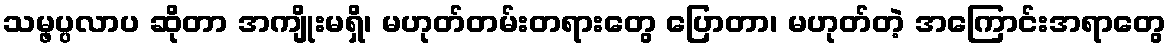
သမ္ဖပ္ပလာပ ဆိုတာ အကျိုးမရှိ၊ မဟုတ်တမ်းတရားတွေ ပြောတာ၊ မဟုတ်တဲ့ အကြောင်းအရာတွေ